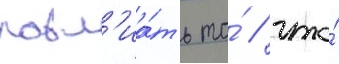
повл'иа́ть то́ / что́